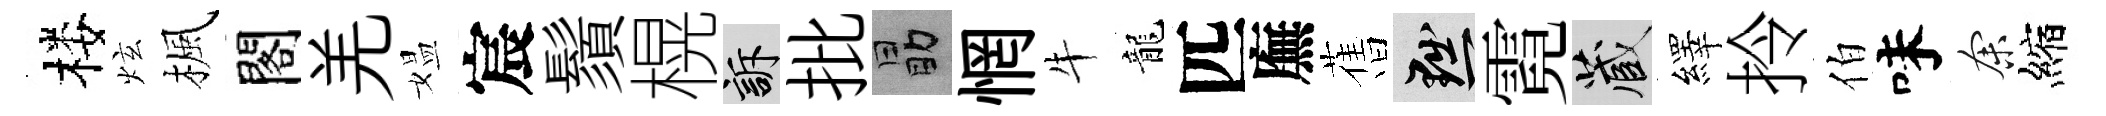
楼炫楓閣羌媪宸鬚榥訴批勗惘牛龍匹廡𦾔黜霓藏繹拎伯味余縮